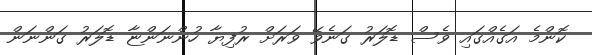
ކޮންމެ އަގެއްގައި ވެސް ޑޮލަރު ގަނެވޭ ވަރަށް ރުފިޔާ ހުންނަންޏާ ޑޮލަރު ގަންނަން